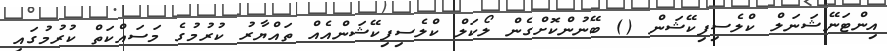
އިންޓަނޭޝަނަލް ކްލެސިފިކޭޝަން () ބޭނުންކޮށްގެން ލޯކަލް ކްލެސިފިކޭޝަންއެއް ތައްޔާރު ކުރުމުގެ މަސައްކަތް ކުރުމުގައި